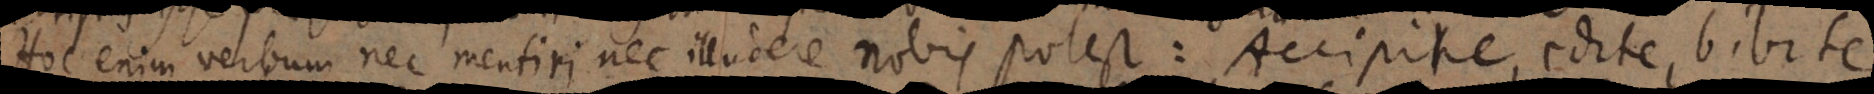
Hoc enim verbum nec mentiri nec illudere nobis potest: Accipite, edite, bibit